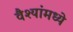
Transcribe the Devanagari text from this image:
वैश्यांमध्ये